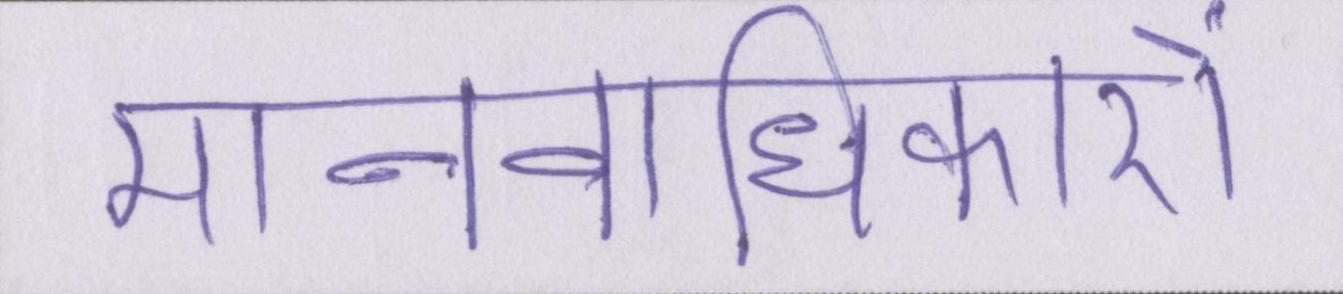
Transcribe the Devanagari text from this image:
मानवाधिकारों